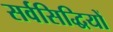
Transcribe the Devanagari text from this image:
सर्वसिद्धियों